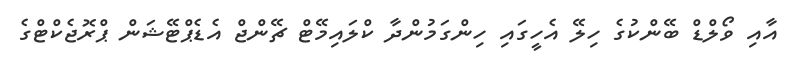
އާއި ވޯލްޑް ބޭންކުގެ ހިލޭ އެހީގައި ހިންގަމުންދާ ކްލައިމޭޓް ޗޭންޖް އެޑެޕްޓޭޝަން ޕްރޮޖެކްޓްގެ